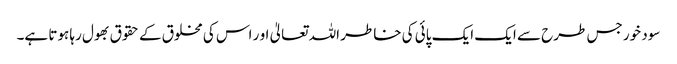
سود خور جس طرح سے ایک ایک پائی کی خاطر اللہ تعالیٰ او ر اس کی مخلوق کے حقوق بھول رہا ہوتا ہے۔